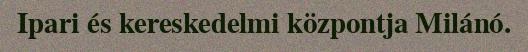
Ipari és kereskedelmi központja Milánó.